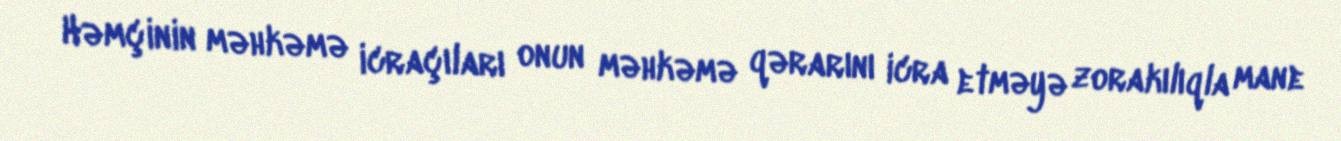
Həmçinin məhkəmə icraçıları onun məhkəmə qərarını icra etməyə zorakılıqla mane